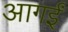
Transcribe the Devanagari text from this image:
आगईं